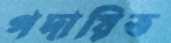
পদায়িত